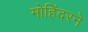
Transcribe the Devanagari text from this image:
मोहिंदरने